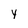
Character: y